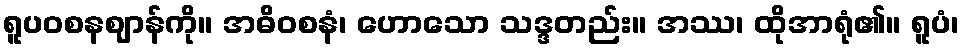
ရူပဝစနဈာန်ကို။ အဓိဝစနံ၊ ဟောသော သဒ္ဒတည်း။ အဿ၊ ထိုအာရုံ၏။ ရူပံ၊